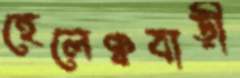
হেলেঞ্চবাড়ী